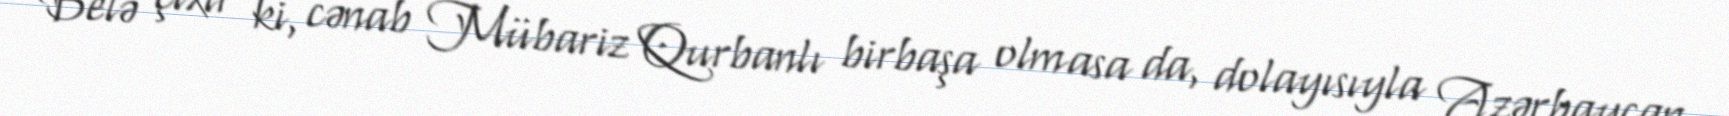
Belə çıxır ki, cənab Mübariz Qurbanlı birbaşa olmasa da, dolayısıyla Azərbaycan